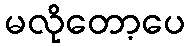
မလိုတော့ပေ